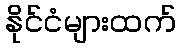
နိုင်ငံများထက်